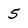
Character: 5